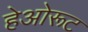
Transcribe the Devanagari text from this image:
हेओरूट